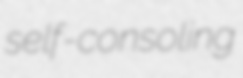
self-consoling